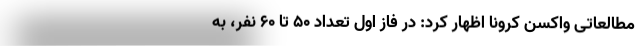
مطالعاتی واکسن کرونا اظهار کرد: در فاز اول تعداد 50 تا 60 نفر، به